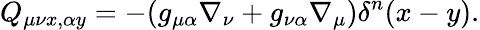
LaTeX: Q_{\mu\nu x,\alpha y}=-(g_{\mu\alpha}\nabla_{\nu}+g_{\nu\alpha}\nabla_{\mu})\delta^{n}(x-y).